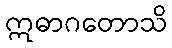
ဣဓာဂတောသိ